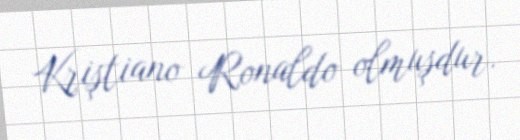
Kriştiano Ronaldo olmuşdur.